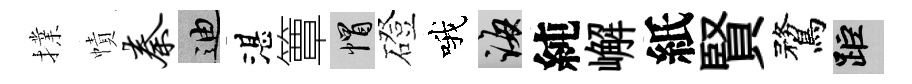
擈幘秦迪湛簟帽磴哦誨純嶰紙賢鶩距